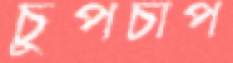
চুপচাপ